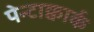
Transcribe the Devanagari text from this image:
पेन्टाक्वार्क